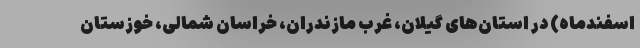
اسفندماه) در استان‌های گیلان، غرب مازندران، خراسان شمالی، خوزستان